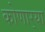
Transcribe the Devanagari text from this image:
कोणार्‍या